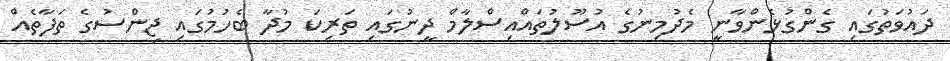
ދައުވަތުގައި ގެންގުޅެންވާނީ މެދުމިނުގެ އުސޫލުތައްއިސްލާމް ދީނުގައި ތަރިކަ މުދާ ބެހުމުގައި ޖިންސުގެ ތަފާތެއް